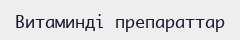
Витаминді препараттар